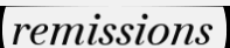
remissions